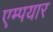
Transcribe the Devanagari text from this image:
एम्पयार